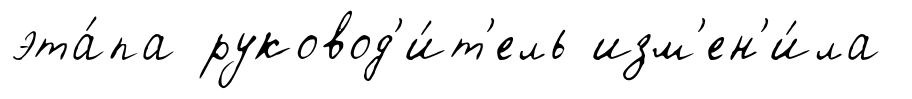
эта́па руковод'и́т'ель изм'ен'и́ла